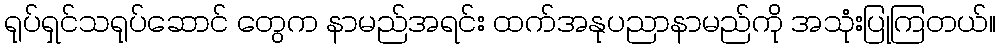
ရုပ်ရှင်သရုပ်ဆောင် တွေက နာမည်အရင်း ထက်အနုပညာနာမည်ကို အသုံးပြုကြတယ်။